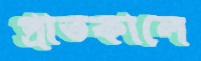
প্রাতকালে